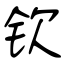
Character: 钦